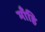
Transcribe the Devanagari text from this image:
माँहि